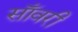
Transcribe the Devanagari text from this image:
साँवरी